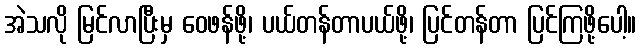
အဲသလို မြင်လာပြီးမှ ဝေဖန်ဖို့၊ ပယ်တန်တာပယ်ဖို့၊ ပြင်တန်တာ ပြင်ကြဖို့ပေါ့။